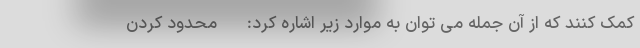
کمک کنند که از آن جمله می توان به موارد زیر اشاره کرد: - محدود کردن